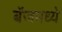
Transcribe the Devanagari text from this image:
बॅजमध्ये